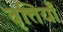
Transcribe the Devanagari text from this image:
वृत्तियॉँ